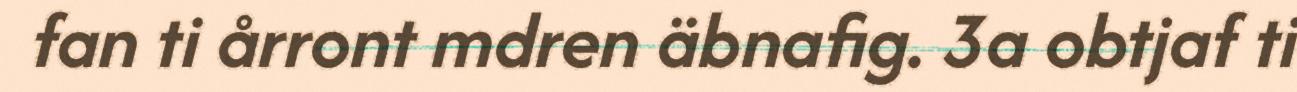
fan ti årront mdren äbnafig. 3a obtjaf ti